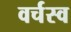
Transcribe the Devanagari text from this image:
वर्चस्‍व